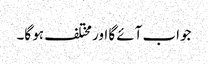
جواب آئے گا اور مختلف ہو گا۔